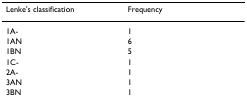
<table><thead><tr><td><b>Lenke&#x27;s classification</b></td><td><b>Frequency</b></td></tr></thead><tbody><tr><td>1A-</td><td>1</td></tr><tr><td>1AN</td><td>6</td></tr><tr><td>1BN</td><td>5</td></tr><tr><td>1C-</td><td>1</td></tr><tr><td>2A-</td><td>1</td></tr><tr><td>3AN</td><td>1</td></tr><tr><td>3BN</td><td>1</td></tr></tbody></table>